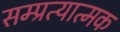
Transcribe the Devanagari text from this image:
सम्प्रत्यात्मक